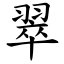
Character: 翠